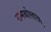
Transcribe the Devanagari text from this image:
रामबोलाथा।